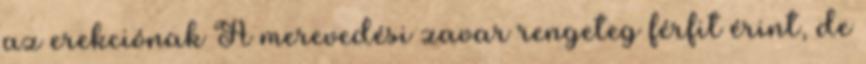
az erekciónak A merevedési zavar rengeteg férfit érint, de